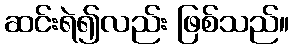
ဆင်းရဲ၍လည်း ဖြစ်သည်။